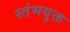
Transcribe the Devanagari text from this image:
स्तंभयुक्त